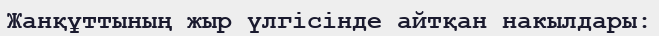
Жанқұттының жыр үлгісінде айтқан накылдары: